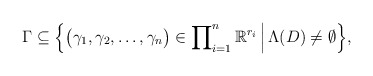
\begin{align*}\Gamma \subseteq \Bigl \{\bigl(\gamma_1, \gamma_2, \ldots, \gamma_n\bigr) \in \prod\nolimits_{i=1}^n \mathbb{R}^{r_i}\, \Bigl \lvert\,\Lambda(D) \neq \emptyset \Bigr\}, \end{align*}